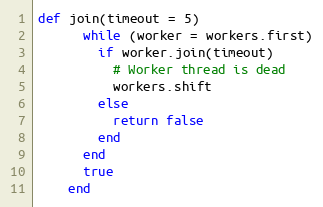
Language: Ruby
def join(timeout = 5)
      while (worker = workers.first)
        if worker.join(timeout)
          # Worker thread is dead
          workers.shift
        else
          return false
        end
      end
      true
    end